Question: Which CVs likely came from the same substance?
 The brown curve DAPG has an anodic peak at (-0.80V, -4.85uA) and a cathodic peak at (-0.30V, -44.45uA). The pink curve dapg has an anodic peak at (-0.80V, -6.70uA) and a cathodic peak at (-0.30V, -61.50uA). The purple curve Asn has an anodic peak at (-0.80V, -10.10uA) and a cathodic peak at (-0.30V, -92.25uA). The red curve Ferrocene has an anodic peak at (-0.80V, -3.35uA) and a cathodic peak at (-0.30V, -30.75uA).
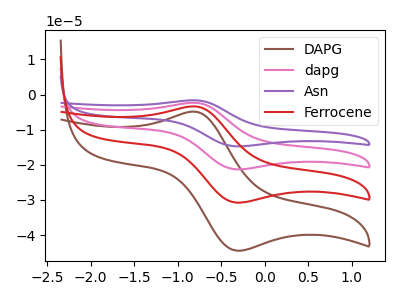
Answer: <think>All the peaks in "DAPG" have a peak in "dapg" at the same potential. All the peaks in "DAPG" have a peak in "Asn" at the same potential. All the peaks in "DAPG" have a peak in "Ferrocene" at the same potential. All the peaks in "dapg" have a peak in "Asn" at the same potential. All the peaks in "dapg" have a peak in "Ferrocene" at the same potential. All the peaks in "Asn" have a peak in "Ferrocene" at the same potential.
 </think>
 <answer>"DAPG", "dapg", "Asn" and "Ferrocene" have the same shape and are likely CV's of the same chemical.</answer>
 <eval>"DAPG" "dapg" "Asn" "Ferrocene"</eval>